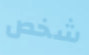
شخص